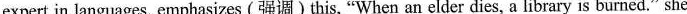
expert in languages, emphasizes (强调)this, "When an elder dies, a library is burned." she